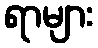
ရာများ